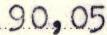
90,05